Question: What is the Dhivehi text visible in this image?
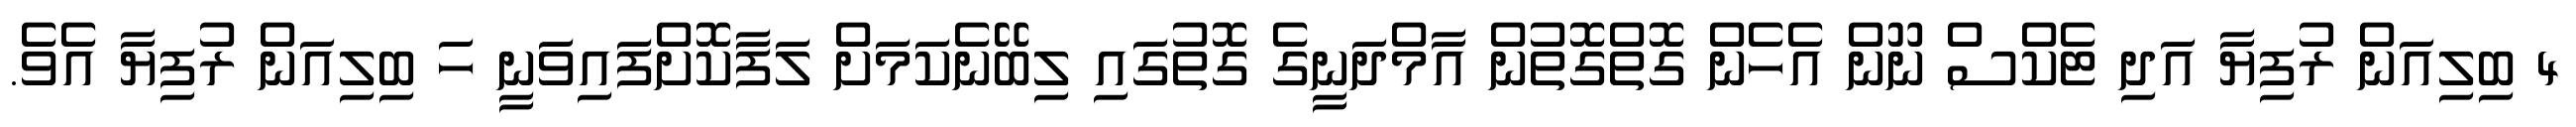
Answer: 4 ބިލިއަން ރުފިޔާ އަދި ޓެކްސް ނޫން އެހެން ގޮތްގޮތުން އާމްދަނީގެ ގޮތުގައި ލިބޭނެކަމަށް ލަފާކޮށްފައިވަނީ ހަ ބިލިއަން ރުފިޔާ އެވެ.